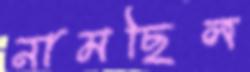
নামছিল